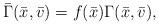
LaTeX: \begin{align*}\bar{\Gamma}(\bar x,\bar v)=f(\bar x) \Gamma(\bar x,\bar v),\end{align*}